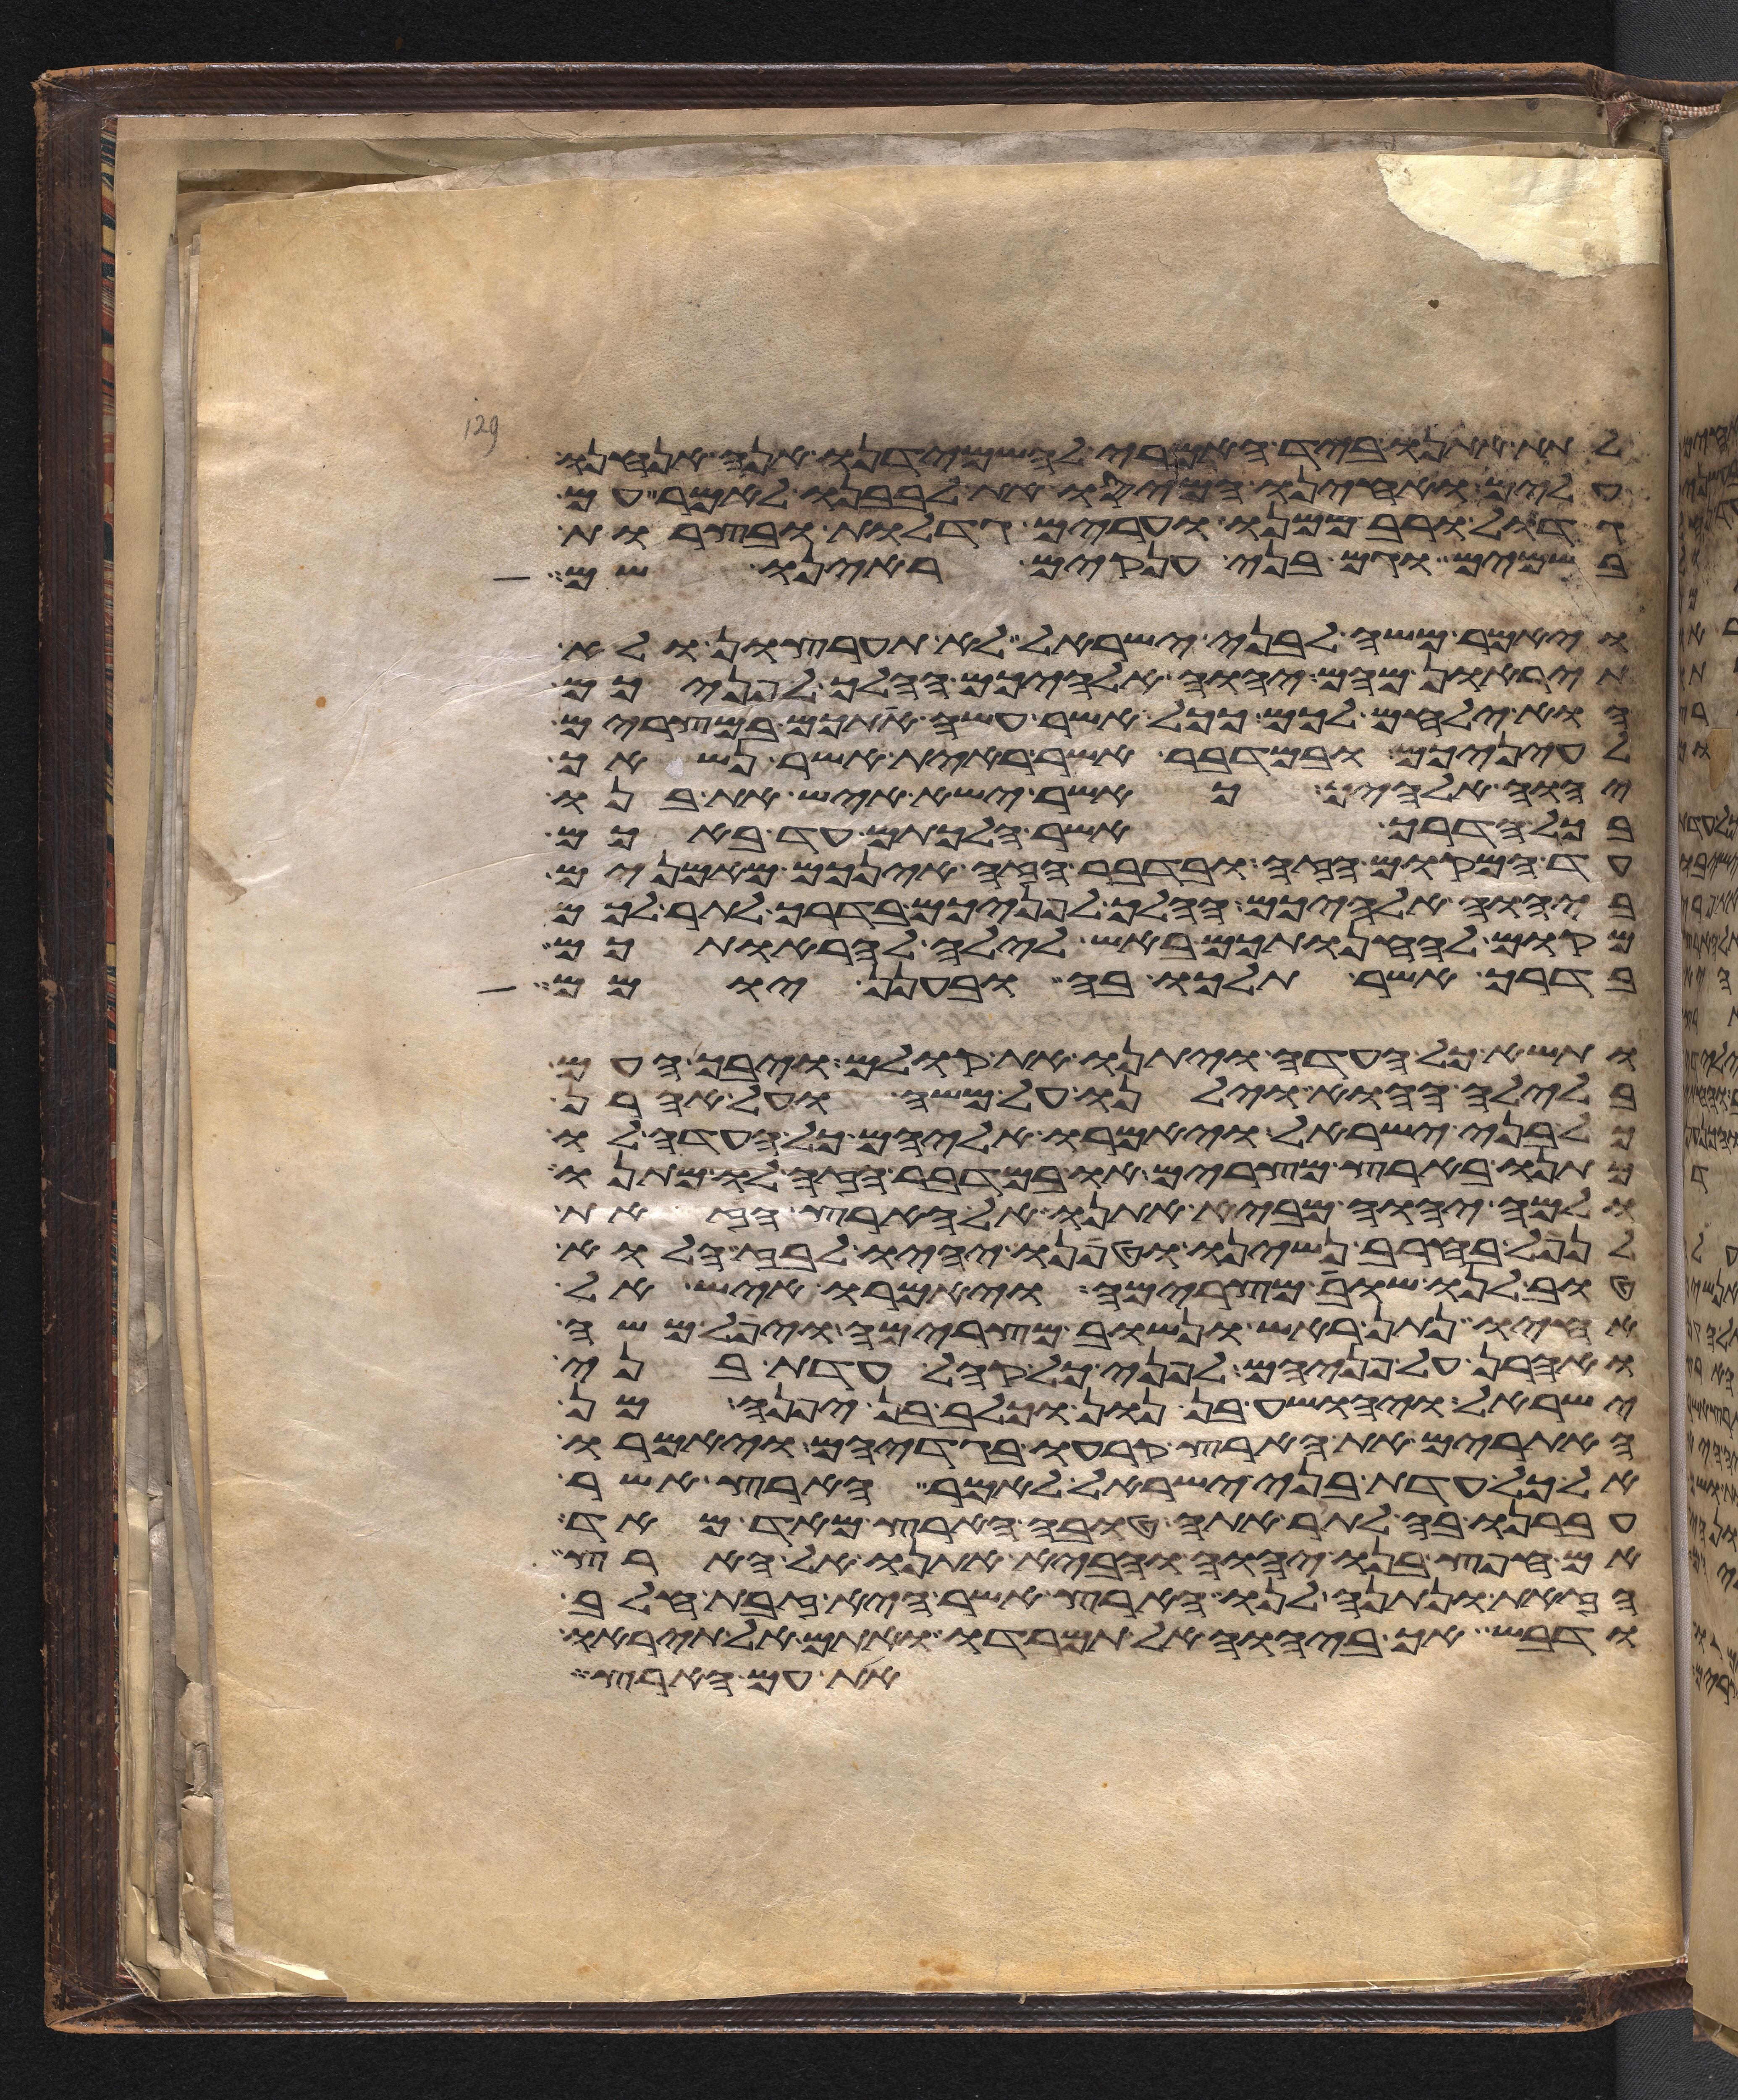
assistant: לתת אתנו ביד האמרי להשמידנו אנה אנחנו
עלים ואחינו המיסו את לבבנו לאמר עם
גדול ורב ממנו ערים גדלות ובצרות
בשמים וגם בני ענקים ראינו שם
ויאמר משה לבני ישראל לא תערצון ולא
תיראון מהם יהוה אלהיכם ההלך לפניכם
הוא ילחם לכם ככל אשר עשה אתכם במצרים
לעיניכם ובמדבר אשר ראית אשר נשאך
יהוה אלהיך כאשר ישא איש את בנו
בכל הדרך אשר הלכתם עד באכם
עד המקום הזה ובדבר הזה אינכם מאמנים
ביהוה אלהיכם ההלך לפניכם בדרך לתור לכם
מקום להחנותכם באש לילה להראותכם
בדרך אשר תלכו בה ובענן יומם
ותשא כל העדה ויתנו את קולם ויבך העם
בלילה ההוא וילנו על משה ועל אהרן
כל בני ישראל ויאמרו אליהם כל העדה לו
מתנו בארץ מצרים או במדבר הזה לו מתנו
ולמה יהוה מביא אתנו אל הארץ הזאת
לנפל בחרב נשינו וטפנו יהיו לבוז הלוא
טוב לנו שובה מצרימה ויאמרו איש אל
אחיו נתן ראש ונשוב מצרימה ויפל משה
ואהרן על פניהם לפני כל קהל עדת בני
ישראל ויהושע בן נון וכלב בן יפנה מן
האתורים את הארץ קרעו בגדיהם ויאמרו
אל כל עדת בני ישראל לאמר הארץ אשר
עברנו בה לתור אתה טובה הארץ מאד מאד
אם חפץ בנו יהוה והביא אתנו אל הארץ
הזאת ונתנה לנו ארץ אשר היא זבת חלב
ודבש אך ביהוה אל תמרדו ואתם אל תיראו
את עם הארץ